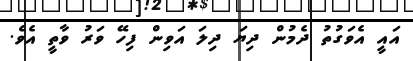
އައީ އެވަގުތު ދެމުން ދިޔަ ދިލަ އަވިން ފިހޭ ވަރު ވާތީ އެވެ.